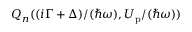
Q _ { n } ( { ( i \Gamma + \Delta ) } / { ( \hbar \omega ) } , { U _ { \mathrm { p } } } / { ( \hbar \omega ) } )